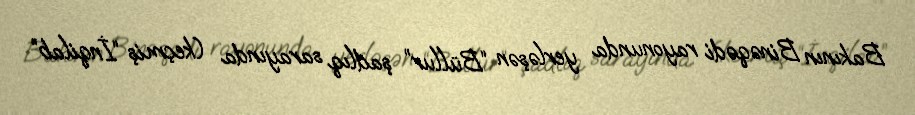
Bakının Binəqədi rayonunda yerləşən “Büllur” şadlıq sarayında (keçmiş “İnqilab”